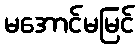
မအောင်မမြင်